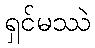
ရှင်မဿဲ